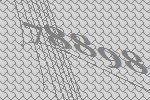
78898